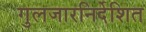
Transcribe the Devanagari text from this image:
गुलजारनिर्देशित